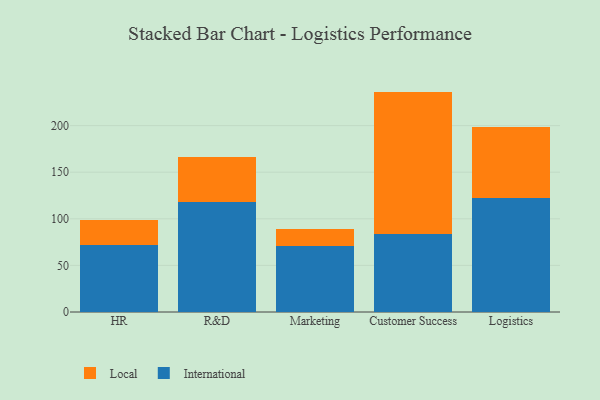
{"axis": {"x": "Department", "y": "Energy Usage (MWh)"}, "legend": ["International", "Local"], "data": [{"x": "HR", "y": 72.3, "type": "International"}, {"x": "HR", "y": 26.5, "type": "Local"}, {"x": "R&D", "y": 117.8, "type": "International"}, {"x": "R&D", "y": 48.1, "type": "Local"}, {"x": "Marketing", "y": 71.3, "type": "International"}, {"x": "Marketing", "y": 18.1, "type": "Local"}, {"x": "Customer Success", "y": 83.9, "type": "International"}, {"x": "Customer Success", "y": 152.6, "type": "Local"}, {"x": "Logistics", "y": 122.6, "type": "International"}, {"x": "Logistics", "y": 75.8, "type": "Local"}]}